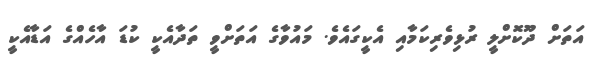
އަތަށް ދޫކޮށްލީ ރުޅިވެރިކަމާއި އެކީގައެވެ. މައުވާގެ އަތަށްވީ ތަދާއެކީ ކުޑަ އާހެއްގެ އަޑާއެކީ